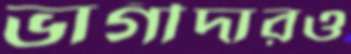
ভাগীদারও